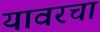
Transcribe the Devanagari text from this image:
यावरचा